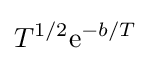
T^{1/2}\mathrm {e} ^{-b/T}